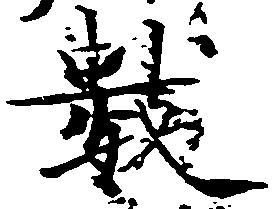
数